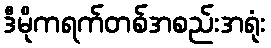
ဒီမိုကရက်တစ်အစည်းအရုံး